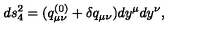
d s _ { 4 } ^ { 2 } = ( q _ { \mu \nu } ^ { ( 0 ) } + \delta q _ { \mu \nu } ) d y ^ { \mu } d y ^ { \nu } ,